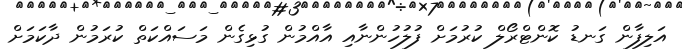
އަލިފާން ގަނޑު ކޮންޓްރޯލް ކުރުމަށް ފުލުހުންނާއި އާއްމުން ގުޅިގެން މަސައްކަތް ކުރަމުން ދާކަމަށް